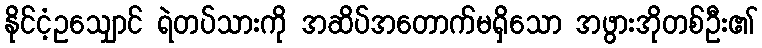
နိုင်ငံ့ဥသျှောင် ရဲတပ်သားကို အဆိပ်အတောက်မရှိသော အဖွားအိုတစ်ဦး၏